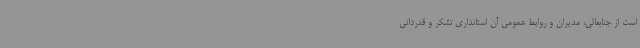
است از جنابعالی، مدیران و روابط عمومی آن استانداری تشکر و قدردانی